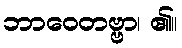
ဘာဝေတဗ္ဗာ၊ ၏။